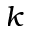
k